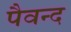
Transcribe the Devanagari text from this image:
पैवन्द